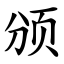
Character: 颁